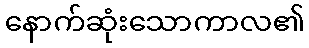
နောက်ဆုံးသောကာလ၏